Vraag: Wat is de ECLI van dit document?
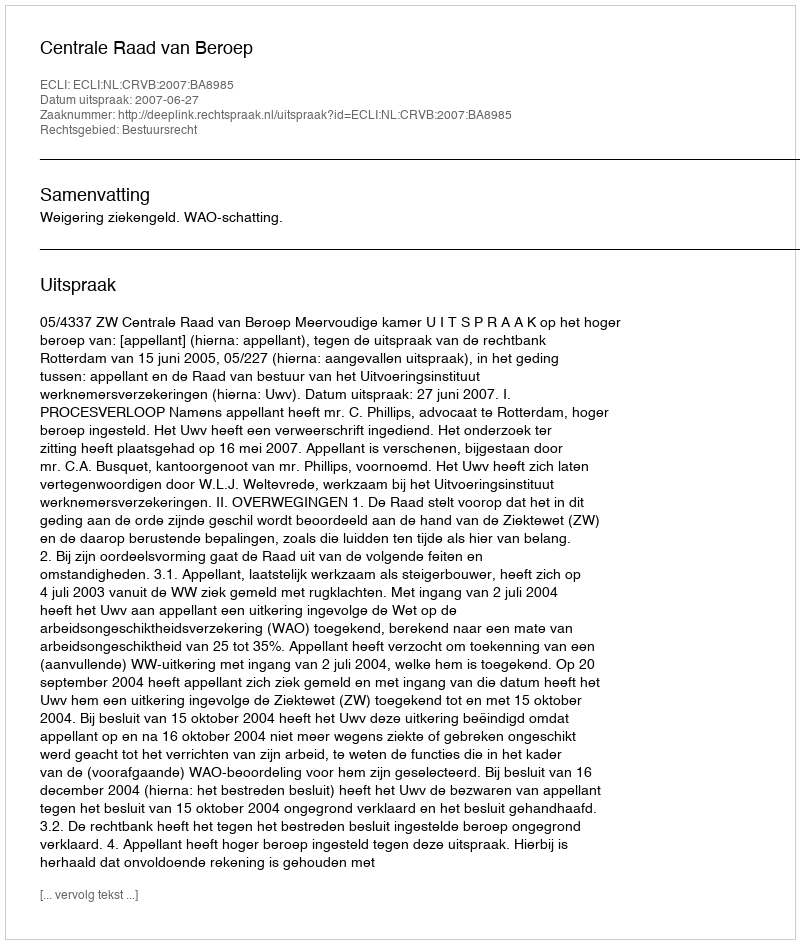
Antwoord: ECLI:NL:CRVB:2007:BA8985